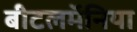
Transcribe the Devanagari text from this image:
बीटलमॅनिया